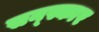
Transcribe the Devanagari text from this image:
सन्स्कार